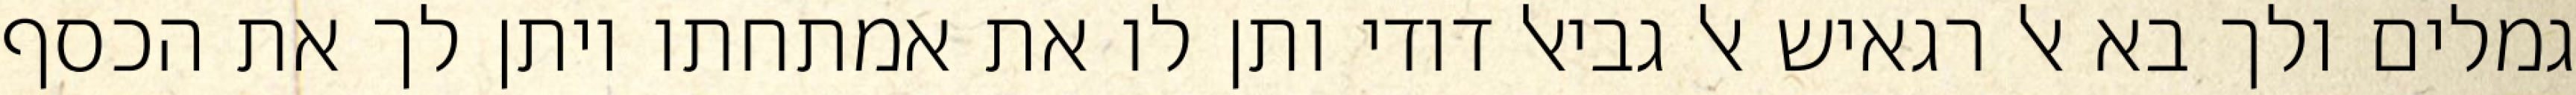
גמלים ולך בא אל רגאיש אל גביאל דודי ותן לו את אמתחתו ויתן לך את הכסף